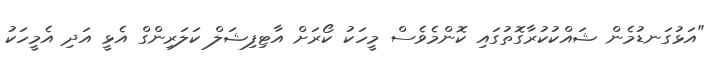
"އަޅުގަނޑުމެން ޝައްކުކުރާގޮތުގައި ކޮންމެވެސް މީހަކު ކޯރަށް އާޓިފިޝަލް ކަލަރިންގް އެޅީ އަދި އެމީހަކު